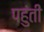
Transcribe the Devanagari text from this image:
पहुंती